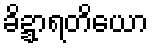
ခိဍ္ဍာရတိယော